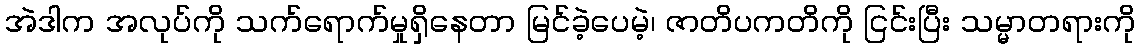
အဲဒါက အလုပ်ကို သက်ရောက်မှုရှိနေတာ မြင်ခဲ့ပေမဲ့၊ ဇာတိပကတိကို ငြင်းပြီး သမ္မာတရားကို